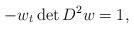
LaTeX: \begin{align*}-w_{t}\det D^{2}w=1,\end{align*}